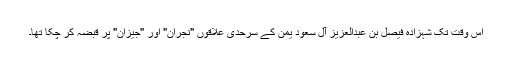
اس وقت تک شہزادہ فیصل بن عبدالعزیز آل سعود یمن کے سرحدی علاقوں "نجران" اور "جیزان" پر قبضہ کر چکا تھا۔